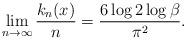
LaTeX: \begin{align*}\lim\limits_{n \to \infty}\frac{k_n(x)}{n} = \frac{6\log2\log\beta}{\pi^2}.\end{align*}